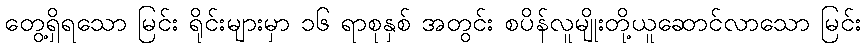
တွေ့ရှိရသော မြင်း ရိုင်းများမှာ ၁၆ ရာစုနှစ် အတွင်း စပိန်လူမျိုးတို့ယူဆောင်လာသော မြင်း